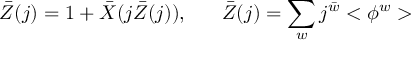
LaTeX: \bar { Z } ( j ) = 1 + \bar { X } ( j \bar { Z } ( j ) ) , \; \; \; \; \; \; \bar { Z } ( j ) = \sum _ { w } j ^ { \bar { w } } < \phi ^ { w } >